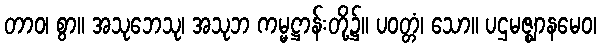
တာဝ၊ စွာ။ အသုဘေသု၊ အသုဘ ကမ္မဋ္ဌာန်းတို့၌။ ပဝတ္တံ၊ သော။ ပဌမဇ္ဈာနမေဝ၊